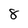
Character: 8